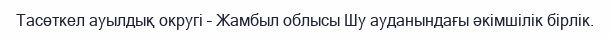
Тасөткел ауылдық округі – Жамбыл облысы Шу ауданындағы әкімшілік бірлік.